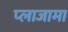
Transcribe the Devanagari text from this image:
प्लाजामा